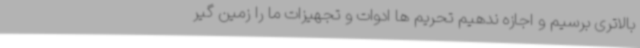
بالاتری برسیم و اجازه ندهیم تحریم ها ادوات و تجهیزات ما را زمین گیر